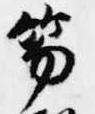
笏